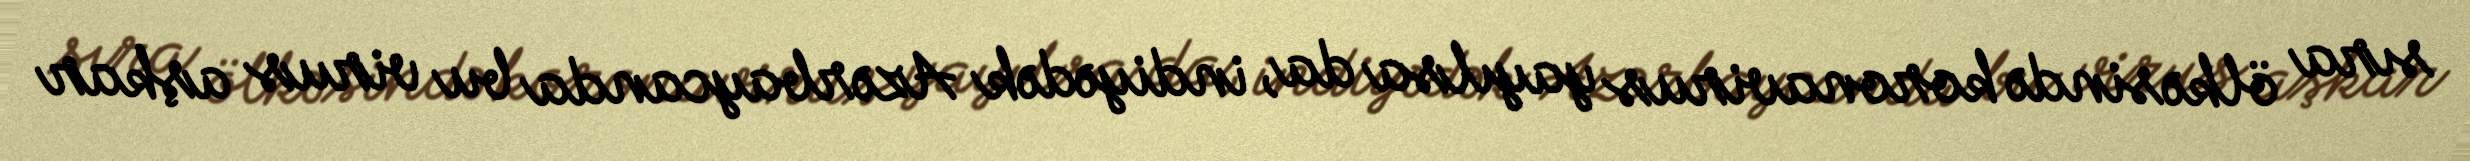
sıra ölkəsində koronavirus yayılsa da, indiyədək Azərbaycanda bu virus aşkar